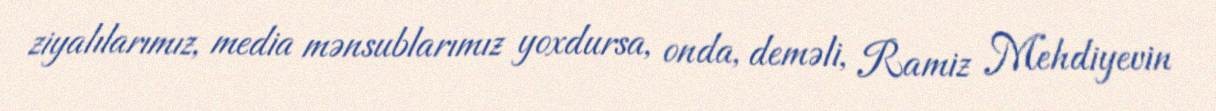
ziyalılarımız, media mənsublarımız yoxdursa, onda, deməli, Ramiz Mehdiyevin